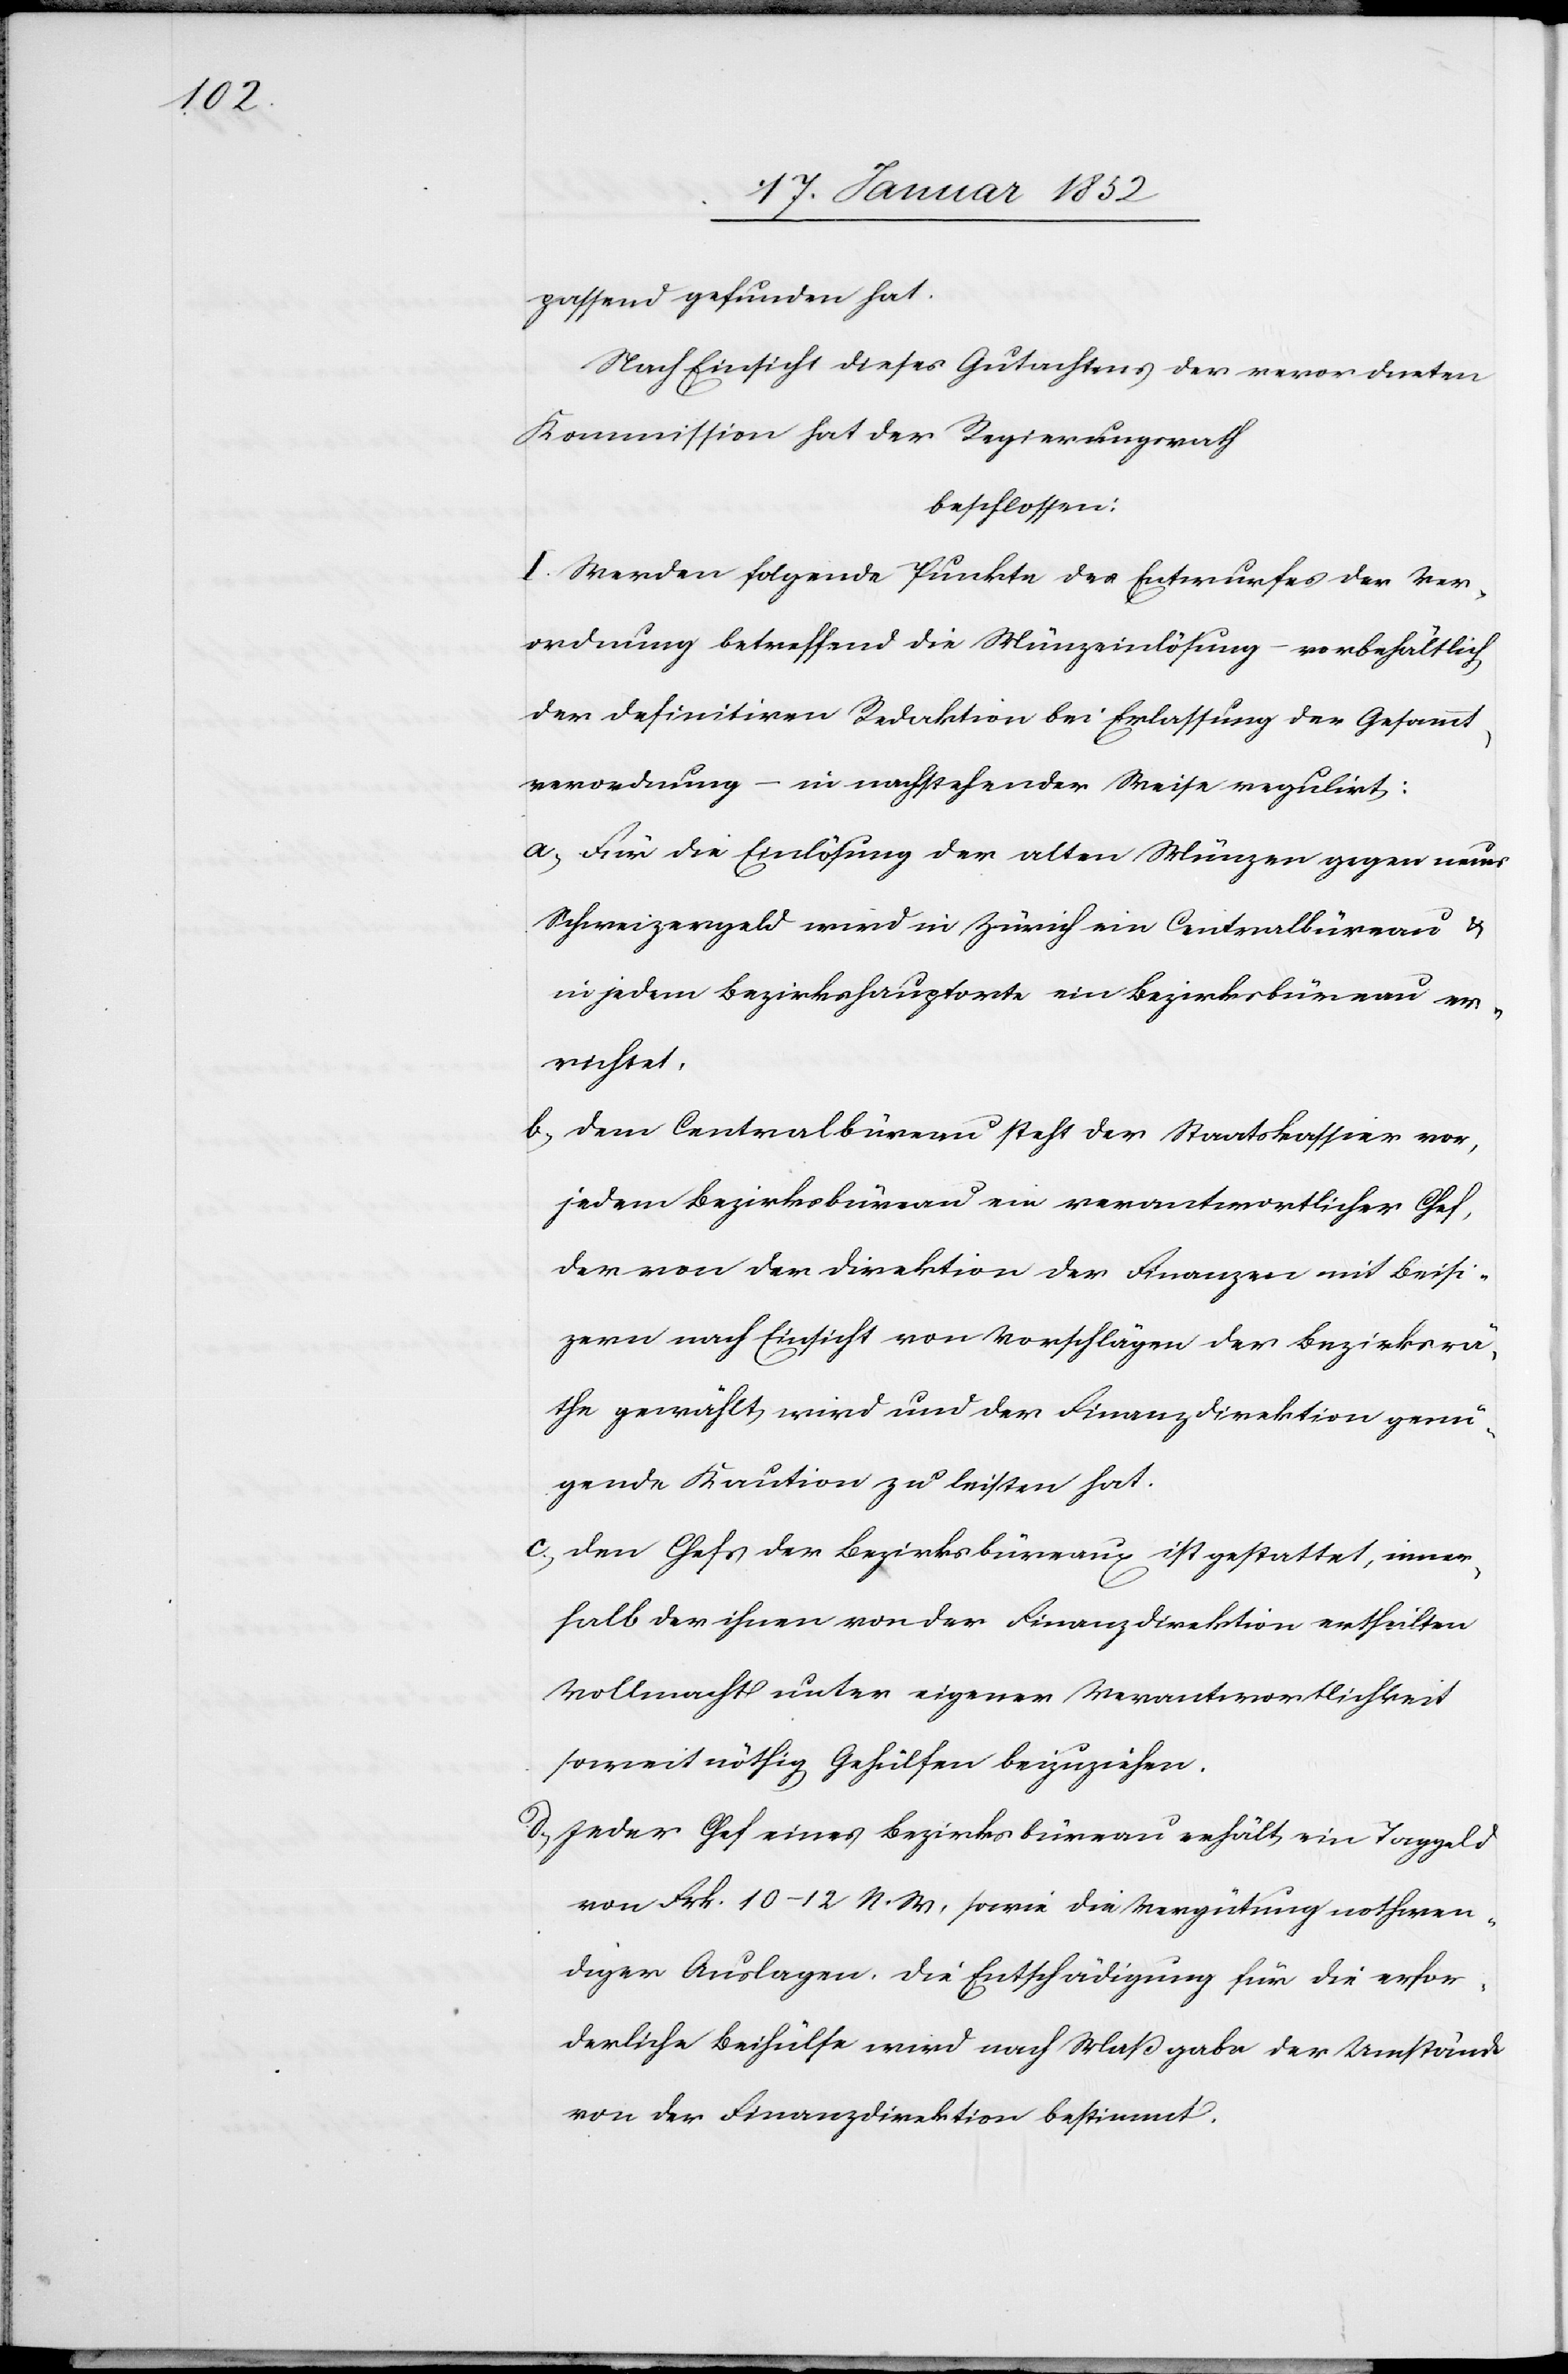
passend gefunden hat.
Nach Einsicht dieses Gutachtens der verordneten
Kommission hat der Regierungsrath
beschlossen:
I. Werden folgende Punkte des Entwurfes der Ver¬
ordnung betreffend die Münzeinlösung – wo erhältlich
der definitiven Redaktion bei Erlassung der Gesammt¬
verordnung – in nachstehender Weise regulirt:
a.) Für die Einlösung der alten Münzen gegen neues
Schweizergeld wird in Zürich ein Centralbüreau u.
in jedem Bezirkshauptorte ein Bezirksbüreau er¬
richtet.
b.) Dem Centralbüreau steht der Staatskassier vor,
jedem Bezirksbüreau ein verantwortlicher Chef,
der von der Direktion der Finanzen mit Beisi¬
zern nach Einsicht von Vorschlägen der Bezirksrä¬
the gewählt wird und der Finanzdirektion genü¬
gende Kaution zu leisten hat.
c.) Den Chefs der Bezirksbüreaus ist gestattet, inner¬
halb der ihnen von der Finanzdirektion ertheilten
Vollmacht unter eigener Verantwortlichkeit
soweit nöthig Gehülfen beyzuziehen.
d.) Jeder Chef eines Bezirksbüreau erhält ein Taggeld
von Frk. 10–12 N. W. sowie die Vergütung nothwen¬
diger Auslagen. Die Entschädigung für die erfor¬
derliche Beihülfe wird nach Maßgabe der Umstände
von der Finanzdirektion bestimmt.